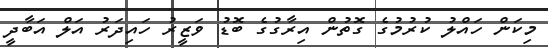
މިކަން ހައްލު ކުރުމުގެ ގޮތުން އިރާގުގެ ބޮޑު ވަޒީރު ހައިދަރު އަލް އަބާދީ